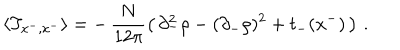
LaTeX: \langle T _ { x ^ { - } , x ^ { - } } \rangle = - \, \frac { N } { 1 2 \pi } \left( \, \partial _ { - } ^ { 2 } \rho - ( \partial _ { - } \rho ) ^ { 2 } + t _ { - } ( x ^ { - } ) \, \right) \, .